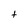
Character: t